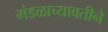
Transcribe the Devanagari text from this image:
मंडळाच्यावतीने